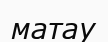
матау